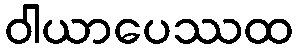
ဝါယာပေဿထ